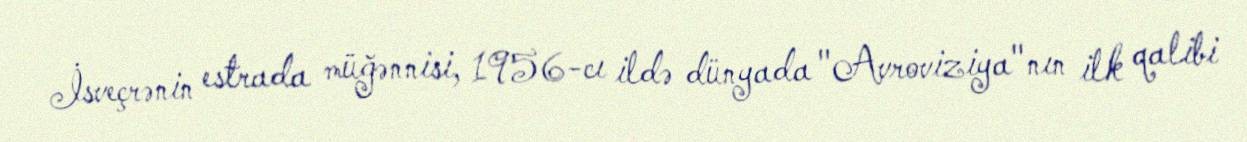
İsveçrənin estrada müğənnisi, 1956-cı ildə dünyada "Avroviziya"nın ilk qalibi